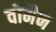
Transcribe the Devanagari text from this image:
वोमैन